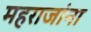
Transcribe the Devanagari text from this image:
महराजांना